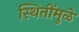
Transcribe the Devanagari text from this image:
स्थितींमुळे